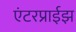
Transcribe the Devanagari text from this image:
एंटरप्राईझ